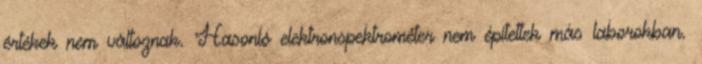
értékek nem változnak. Hasonló elektronspektrométer nem építettek más laborokban.